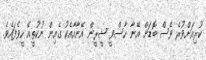
ކުރިއަށްވުރެ ވެސް ބޮޑަށް އޭނާ ހާސްވީ ޝީރީން އޭނާއާއެކު ގެއިން ނުކުތީއޭ ހީވެފައެވެ.